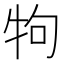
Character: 𤘽